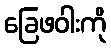
ခြေဖဝါးကို